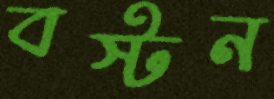
বস্টন